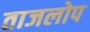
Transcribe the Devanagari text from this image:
ताजलोप